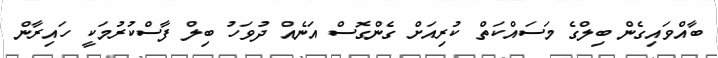
ބާއްވައިގެން ބިލްގެ މަސައްކަތް ކުރިއަށް ގެންގޮސް އަނެއް ދުވަހު ބިލް ފާސްކުރުމަކީ ހައިރާން